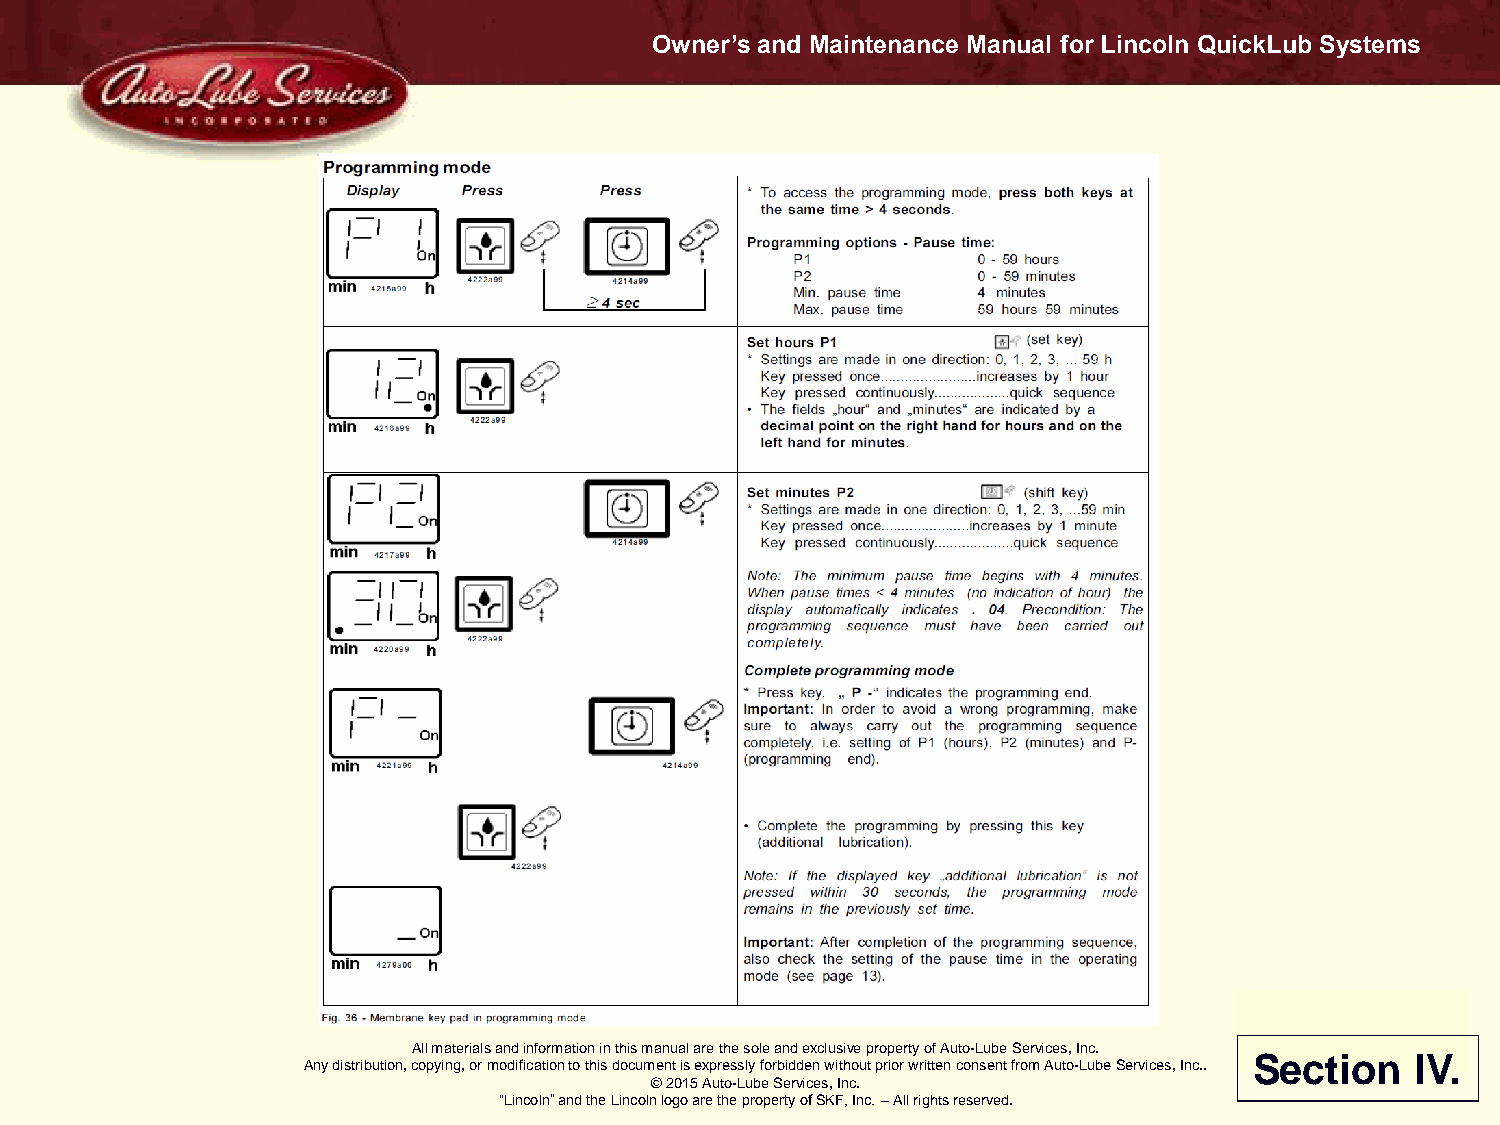
Owner’s and Maintenance Manual for Lincoln QuickLub Systems
 All materials and information in this manual are the sole and exclusive property of Auto-Lube Services, Inc.
 Section    IV.
 Any distribution, copying, or modification to this document is expressly forbidden without prior written consent from Auto-Lube Services, Inc..
 © 2015 Auto-Lube Services, Inc.
 “Lincoln” and the Lincoln logo are the property of SKF, Inc. – All rights reserved.